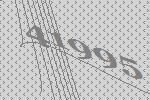
41995